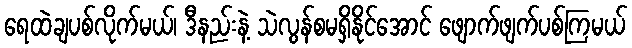
ရေထဲချပစ်လိုက်မယ်၊ ဒီနည်းနဲ့ သဲလွန်စမရှိနိုင်အောင် ဖျောက်ဖျက်ပစ်ကြမယ်